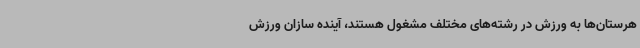
هرستان‌ها به ورزش در رشته‌های مختلف مشغول هستند، آینده سازان ورزش